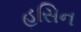
હસિન